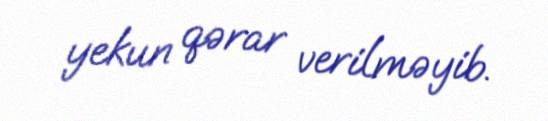
yekun qərar verilməyib.